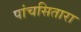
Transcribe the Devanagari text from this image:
पांचसितारा